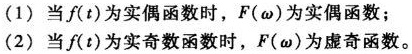
(1) 当$f(t)$为实偶函数时，$F(\omega)$为实偶函数；
(2) 当$f(t)$为实奇函数时，$F(\omega)$为虚奇函数。